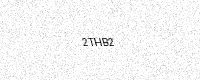
Text: 2THB2